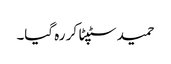
حمید سٹپٹا کر رہ گیا۔